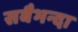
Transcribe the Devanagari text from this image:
सबैभन्दा